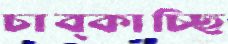
চাব্‌কাচ্ছি